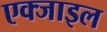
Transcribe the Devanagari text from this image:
एक्जाइल